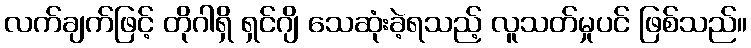
လက်ချက်ဖြင့် တိုဂါရှိ ရှင်ဂျိ သေဆုံးခဲ့ရသည့် လူသတ်မှုပင် ဖြစ်သည်။